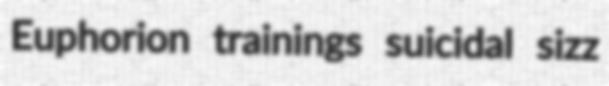
Euphorion trainings suicidal sizz